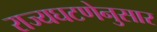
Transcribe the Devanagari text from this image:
राज्यघटणेनुसार